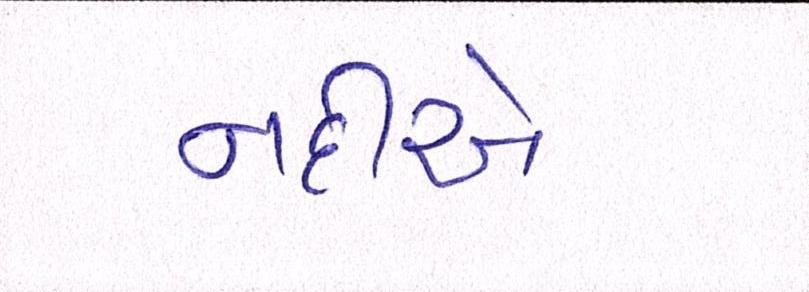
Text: નદીએ